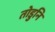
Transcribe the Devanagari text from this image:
तोडुनि